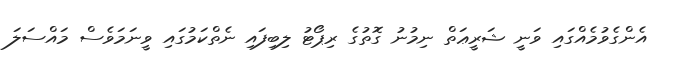
އެންގެވުމެއްގައި ވަނީ ޝަރީޢަތް ނިމުނު ގޮތުގެ ރިޕޯޓު ލިބިފައި ނެތްކަމުގައި ވީނަމަވެސް މައްސަލަ